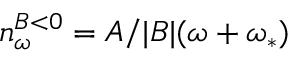
n _ { \omega } ^ { B < 0 } = A / | B | ( \omega + \omega _ { * } )